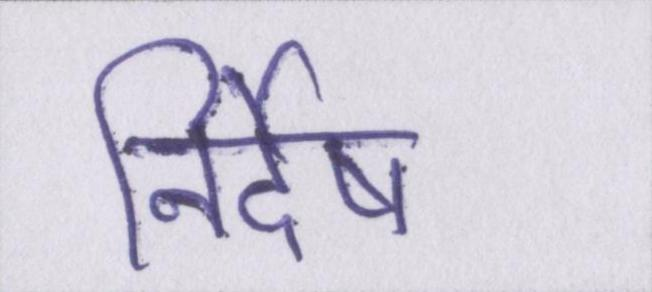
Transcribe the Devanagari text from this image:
निर्देष